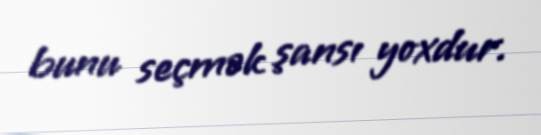
bunu seçmək şansı yoxdur.